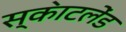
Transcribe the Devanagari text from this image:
स्का॓टलेंड